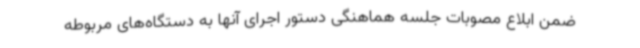
ضمن ابلاع مصوبات جلسه هماهنگی دستور اجرای آنها به دستگاه‌های مربوطه